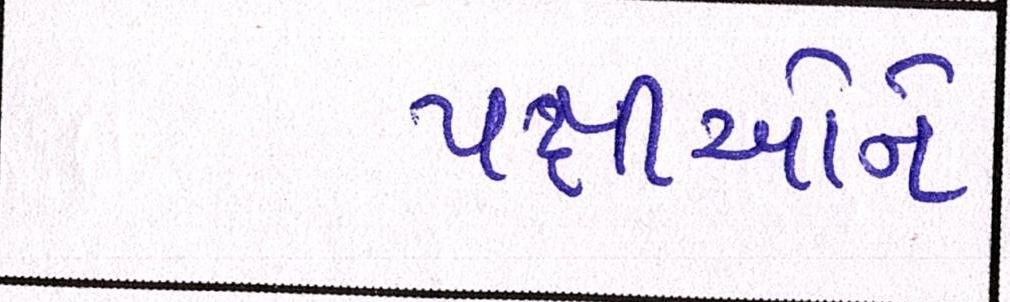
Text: પક્ષીઓને